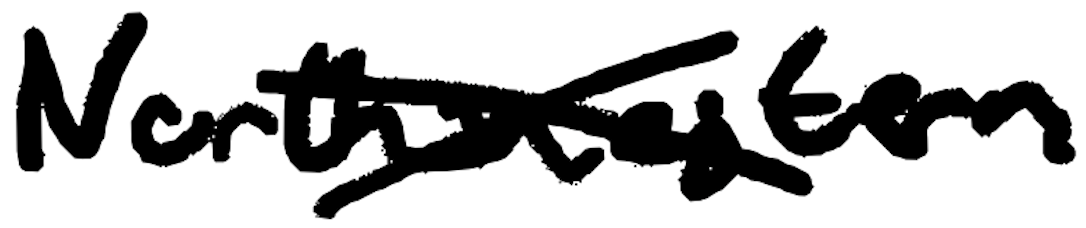
Text: Northwestern
Cross-out: cross
Writing tool: digital_black